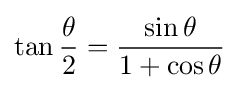
\tan {\frac {\theta }{2}}={\frac {\sin \theta }{1+\cos \theta }}